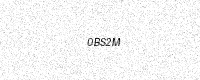
Text: 0BS2M